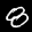
Label: 8